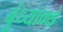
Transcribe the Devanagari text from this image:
बुंध्याकडे